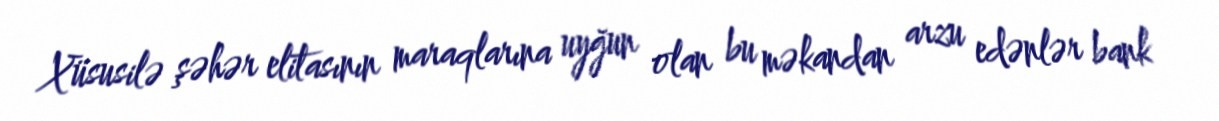
Xüsusilə şəhər elitasının maraqlarına uyğun olan bu məkandan arzu edənlər bank